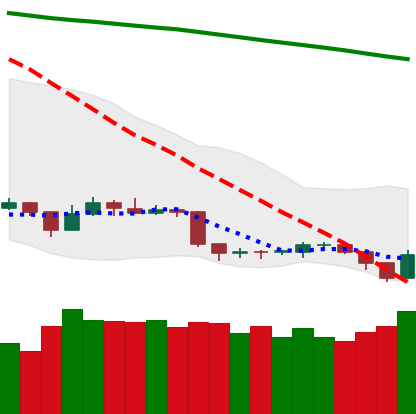
Ticker: TRX-USD
Chart end date: 2019-09-07
Forward return: -3.693%
Label: down_3_5